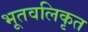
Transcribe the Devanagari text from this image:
भूतवलिकृत